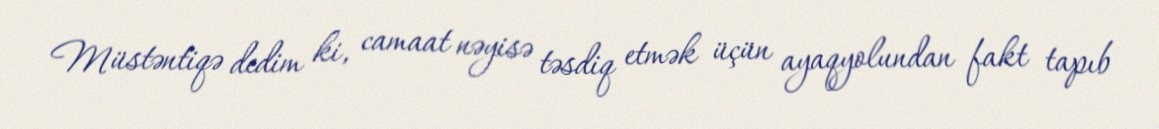
Müstəntiqə dedim ki, camaat nəyisə təsdiq etmək üçün ayaqyolundan fakt tapıb